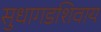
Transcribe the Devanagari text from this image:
सुधागडशिवाय